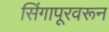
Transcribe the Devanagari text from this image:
सिंगापूरवरून